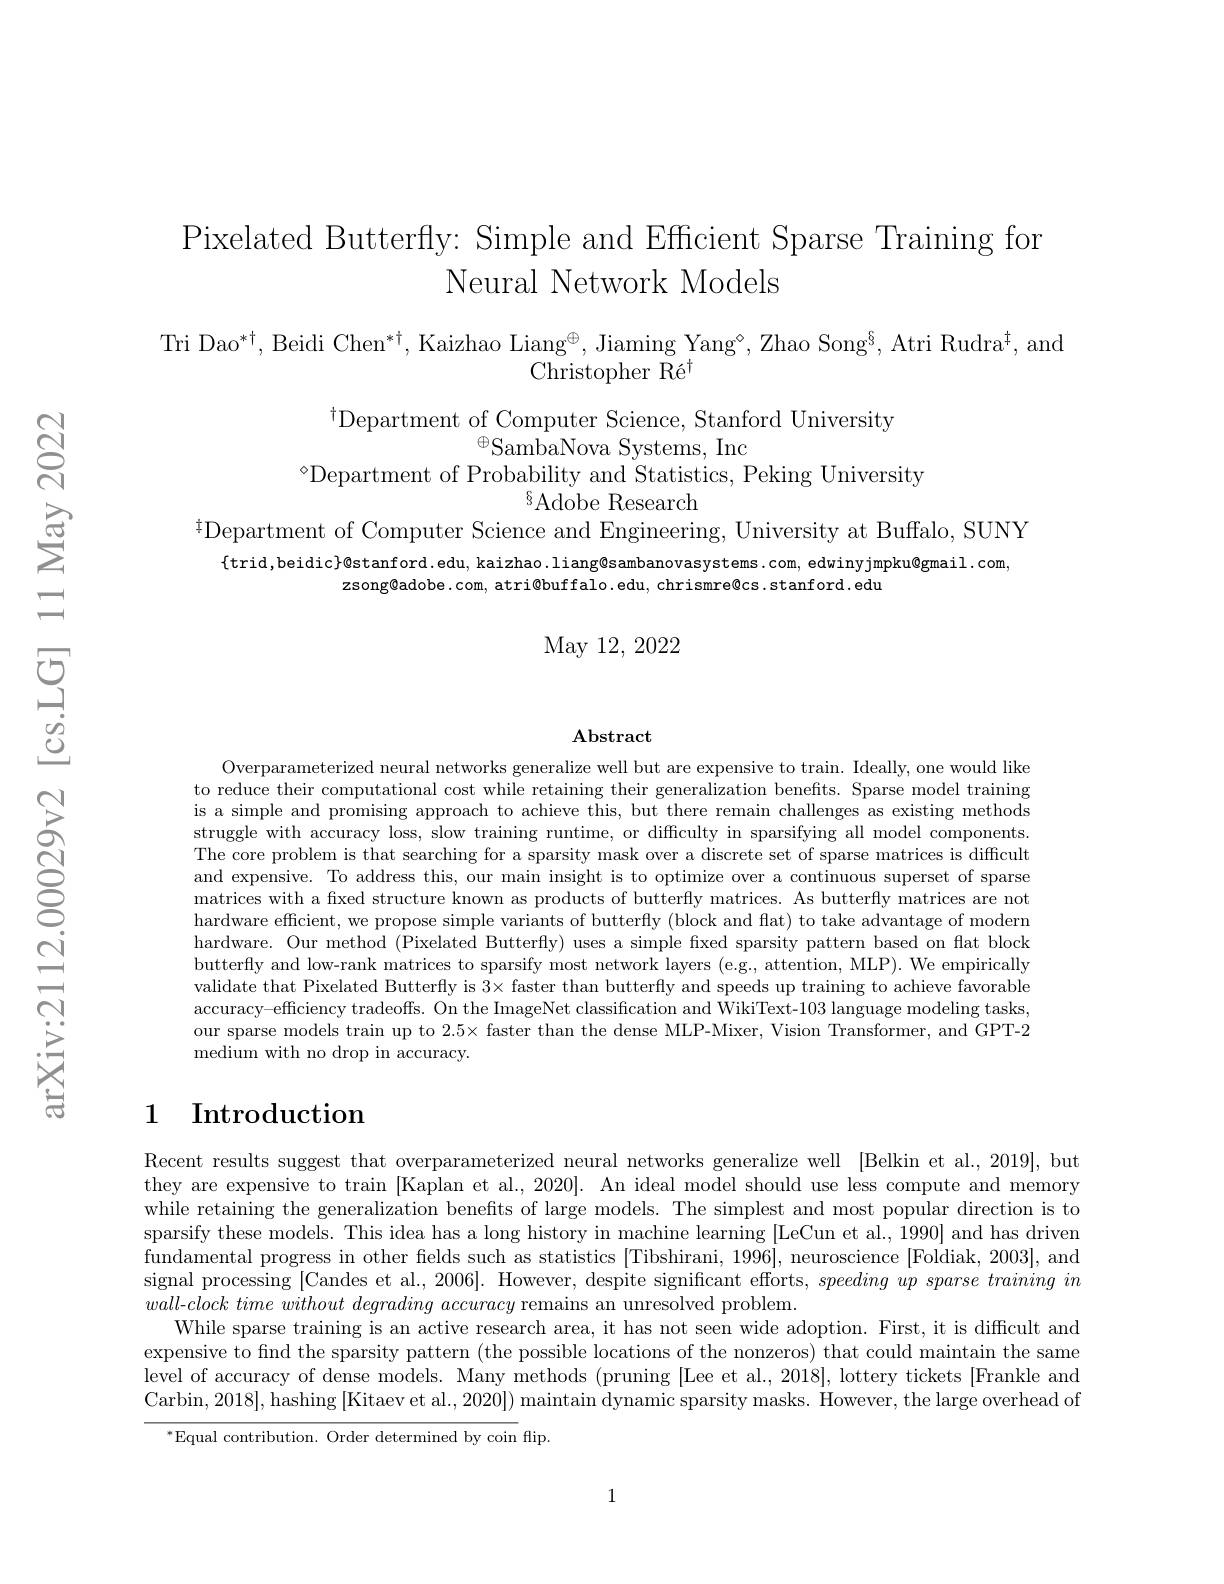
Pixelated Butterfly: Simple and Efficient Sparse Training fon
Neural Network Models

Tri Dao$^*^\dagger$,Beidi Chen$^*^\dagger$,Kaizhao Liang$^\oplus$,Jiaming Yang$^\circ$,Zhao Song$^\S$,Atri Rudra$^\dagger$,and
Christopher Ré$^{\dagger}$

$^{\dagger}$Department of Computer Science, Stanford University
$^{\oplus}\bar{\mathrm{SambaNova~Systems,~Inc}}$
$^{\circ}$Department of Probability and Statistics, Peking University
$^{8}$Adobe Research
$^{\ddagger}$Department of Computer Science and Engineering, University at Buffalo, SUNY

$\{$trid,beidic}@stanford.edu, kaizhao.liang@sambanovasystems.com, edwinyjmpku@gmail.com,
zsong@adobe.com, atri@buffalo.edu, chrismre@cs.stanford.edu

# May 12, 2022

### $\mathbf{Abstract}$

Overparameterized neural networks generalize well but are expensive to train. Ideally, one would like to reduce their computational cost while retaining their generalization benefits. Sparse model training is a simple and promising approach to achieve this, but there remain challenges as existing methods struggle with accuracy loss, slow training runtime, or difficulty in sparsifying all model components. The core problem is that searching for a sparsity mask over a discrete set of sparse matrices is difficult and expensive. To address this, our main insight is to optimize over a continuous superset of sparse matrices with a fixed structure known as products of butterfly matrices. As butterfly matrices are not hardware efficient, we propose simple variants of butterfly (block and flat) to take advantage of modern hardware. Our method (Pixelated Butterfly) uses a simple fixed sparsity pattern based on flat block butterfly and low-rank matrices to sparsify most network layers (e.g., attention, MLP). We empirically validate that Pixelated Butterfly is 3× faster than butterfly and speeds up training to achieve favorable accuracy-efficiency tradeoffs. On the ImageNet classification and WikiText-103 language modeling tasks, our sparse models train up to $2.5\times$ faster than the dense MLP-Mixer, Vision Transformer, and GPT-2 medium with no drop in accuracy.

## 1 Introduction

Recent results suggest that overparameterized neural networks generalize well [Belkin et al.,2019], but they are expensive to train [Kaplan et al., 2020]. An ideal model should use less compute and memory while retaining the generalization benefts of large models. The simplest and most popular direction is to sparsify these models. This idea has a long history in machine learning [LeCun et al., 1990] and has driven fundamental progress in other fields such as statistics [Tibshirani, 1996], neuroscience [Foldiak, 2003], and signal processing [Candes et al., 2006]. However, despite significant efforts, speeding up sparse training in $wall- clock\textit{ time without degrading accuracy remains an unresolved problem}.$
While sparse training is an active research area, it has not seen wide adoption. First, it is difficult and expensive to find the sparsity pattern (the possible locations of the nonzeros) that could maintain the same level of accuracy of dense models. Many methods (pruning [Lee et al., 2018], lottery tickets [Frankle and Carbin, 2018], hashing [Kitaev et al., 2020]) maintain dynamic sparsity masks. However, the large overhead of
$^{*}$Equal contribution. Order determined by coin flip.

1